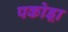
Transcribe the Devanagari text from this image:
पकोड़ा़